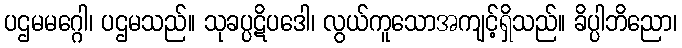
ပဌမမဂ္ဂေါ၊ ပဌမသည်။ သုခပ္ပဋိပဒေါ၊ လွယ်ကူသောအကျင့်ရှိသည်။ ခိပ္ပါဘိညော၊